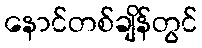
နောင်တစ်ချိန်တွင်